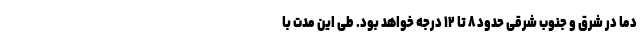
دما در شرق و جنوب شرقی حدود ۸ تا ۱۲ درجه خواهد بود. طی این مدت با